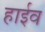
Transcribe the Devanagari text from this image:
हाईव